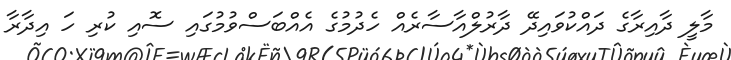
މާލީ ދާއިރާގެ ދައްކުވައިދޭ ދާރުލްއާސާރެއް ހެދުމުގެ އެއްބަސްވުމުގައި ސޮއި ކުރި ހަ އިދާރާ